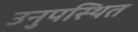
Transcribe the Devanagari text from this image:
उनुपस्थित